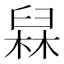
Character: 𰯸